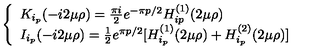
\left\{ \begin{array} { l l } { K _ { i _ { p } } ( - i 2 \mu \rho ) = \frac { \pi i } { 2 } e ^ { - \pi p / 2 } H _ { i p } ^ { ( 1 ) } ( 2 \mu \rho ) } & { } \\ { I _ { i _ { p } } ( - i 2 \mu \rho ) = \frac { 1 } { 2 } e ^ { \pi p / 2 } [ H _ { i _ { p } } ^ { ( 1 ) } ( 2 \mu \rho ) + H _ { i _ { p } } ^ { ( 2 ) } ( 2 \mu \rho ) ] } \\ \end{array} \right.